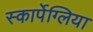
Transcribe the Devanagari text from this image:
स्कार्पेग्लिया